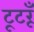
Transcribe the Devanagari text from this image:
टूटरूँ